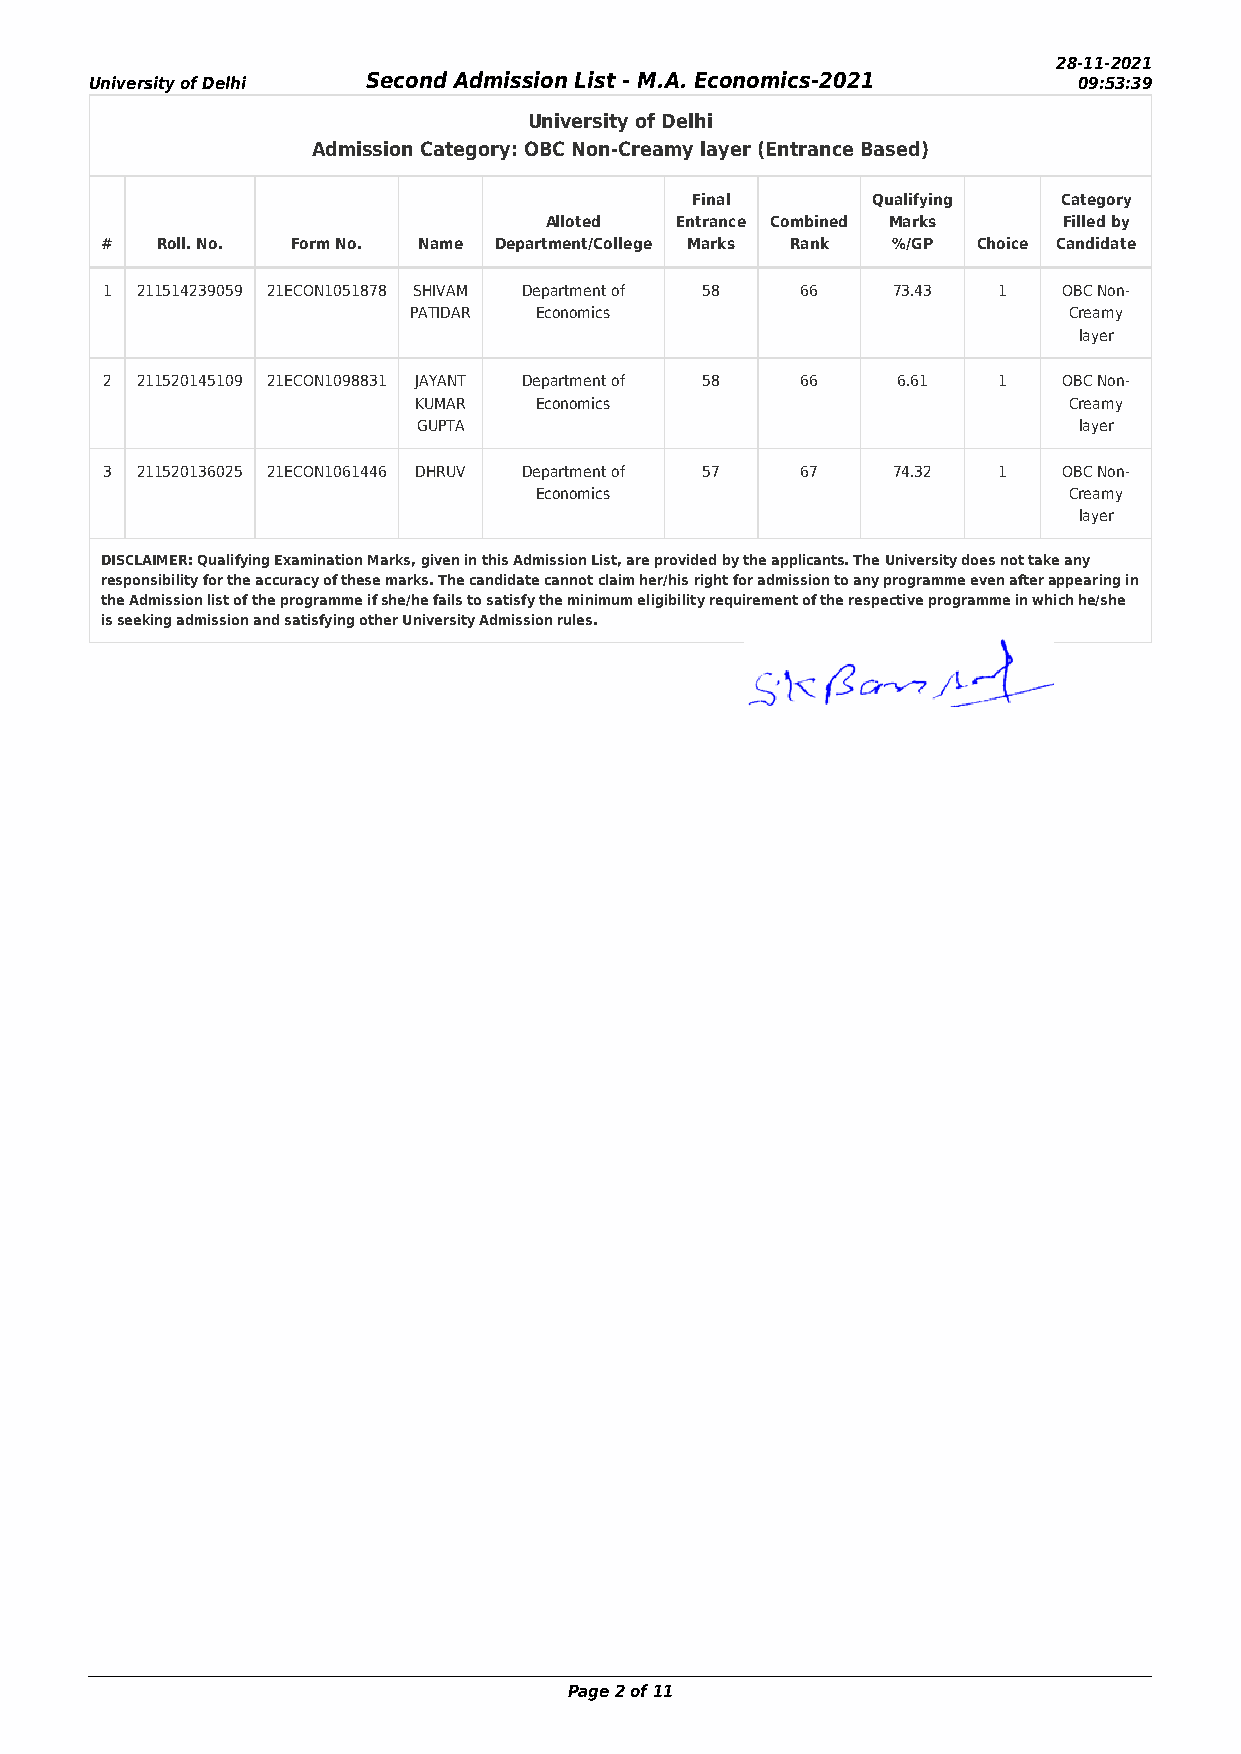
28-11-2021
 University of Delhi Second Admission List - M.A. Economics-2021  09:53:39
 University of Delhi
 Admission Category: OBC Non-Creamy layer (Entrance Based)
 Final       Qualifying  Category
 Alloted  Entrance Combined Marks  Filled by
 #  Roll. No. Form No. Name Department/College Marks Rank %/GP Choice Candidate
 1 211514239059 21ECON1051878 SHIVAM Department of 58 66 73.43 1 OBC Non-
 PATIDAR Economics                           Creamy
 layer
 2 211520145109 21ECON1098831 JAYANT Department of 58 66 6.61 1 OBC Non-
 KUMAR   Economics                           Creamy
 GUPTA                                      layer
 3 211520136025 21ECON1061446 DHRUV Department of 57 67 74.32 1 OBC Non-
 Economics                           Creamy
 layer
 DISCLAIMER: Qualifying Examination Marks, given in this Admission List, are provided by the applicants. The University does not take any
 responsibility for the accuracy of these marks. The candidate cannot claim her/his right for admission to any programme even after appearing in
 the Admission list of the programme if she/he fails to satisfy the minimum eligibility requirement of the respective programme in which he/she
 is seeking admission and satisfying other University Admission rules.
 Page 2 of 11